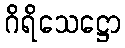
ဂိရိသေဋ္ဌော